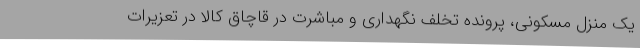
یک منزل مسکونی، پرونده تخلف نگهداری و مباشرت در قاچاق کالا در تعزیرات